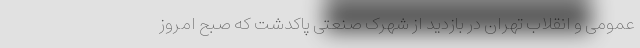
عمومی و انقلاب تهران در بازدید از شهرک صنعتی پاکدشت که صبح امروز